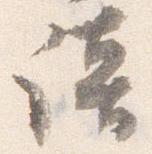
談